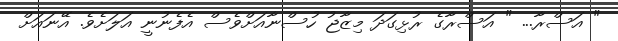
" އަސްރާ... " އަސްރާގެ ރުޅިގަދަ މިޒާޖު ހުސްނާއަށްވެސް އެފެނުނީ އަލަށެވެ. އޭނައަށް